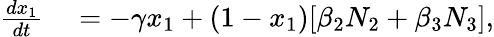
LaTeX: \begin{array}{rl}{\frac{dx_{1}}{dt}}&{{}=-\gamma x_{1}+(1-x_{1})[\beta_{2}N_{2}+\beta_{3}N_{3}],}\end{array}